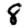
Digit: 8